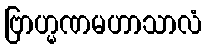
ဗြာဟ္မဏမဟာသာလံ